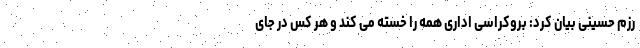
رزم حسینی بیان کرد: بروکراسی اداری همه را خسته می کند و هر کس در جای